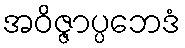
အဝိဇ္ဇာပ္ပဘေဒံ